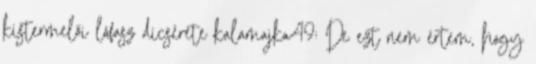
kistermelői lófasz dicsérete kalamajka49: De ezt nem értem, hogy